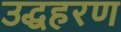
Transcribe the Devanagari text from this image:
उद्धहरण